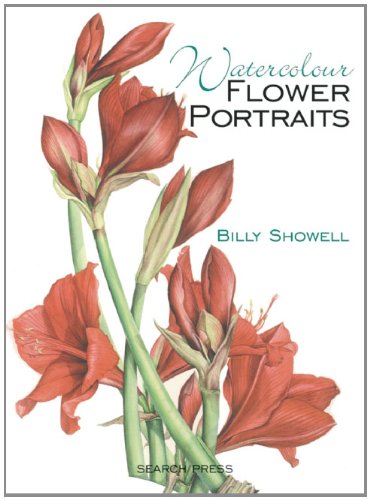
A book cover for Watercolour Flower Portraits; Billy Showell; Arts & Photography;